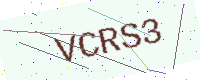
Text: VCRS3